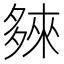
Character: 𭐽